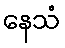
နေသံ